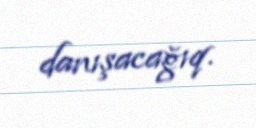
danışacağıq.